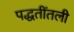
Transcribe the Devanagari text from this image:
पद्धतींतली